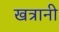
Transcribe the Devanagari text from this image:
खत्रानी